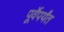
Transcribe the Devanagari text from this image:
पूर्वेपर्यंत